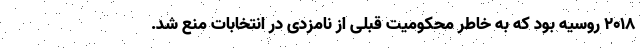
۲۰۱۸ روسیه بود که به خاطر محکومیت قبلی از نامزدی در انتخابات منع شد.